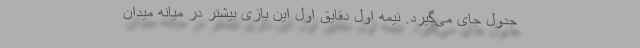
جدول جای می‌گیرد. نیمه اول دقایق اول این بازی بیشتر در میانه میدان